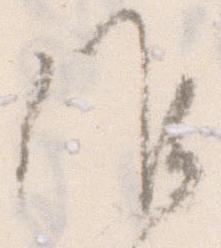
候